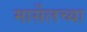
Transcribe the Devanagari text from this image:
मार्सेलच्या